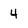
Character: 4